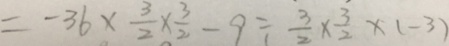
- 3 6 \times \frac { 3 } { 2 } \times \frac { 3 } { 2 } - 9 \div \frac { 3 } { 2 } \times \frac { 3 } { 2 } \times ( - 3 )